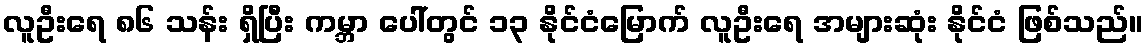
လူဦးရေ ၈၆ သန်း ရှိပြီး ကမ္ဘာ ပေါ်တွင် ၁၃ နိုင်ငံမြောက် လူဦးရေ အများဆုံး နိုင်ငံ ဖြစ်သည်။